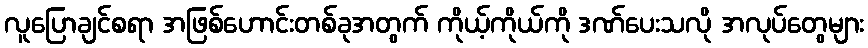
လူပြောချင်စရာ အဖြစ်ဟောင်းတစ်ခုအတွက် ကိုယ့်ကိုယ်ကို ဒဏ်ပေးသလို အလုပ်တွေများ